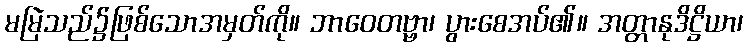
မမြဲသည်၌ဖြစ်သောအမှတ်ကို။ ဘာဝေတဗ္ဗာ၊ ပွားစေအပ်၏။ အတ္တာနုဒိဋ္ဌိယာ၊